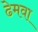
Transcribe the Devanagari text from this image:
ढेमवा